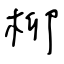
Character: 柳